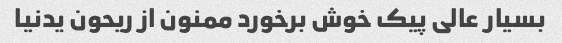
بسیار عالی پیک خوش برخورد ممنون از ریحون یدنیا